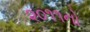
૨૦૧૧નો